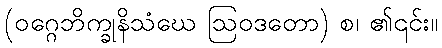
(ဝဂ္ဂေဘိက္ခုနိသံဃေ ဩဝဒတော) စ၊ ၏၎င်း။